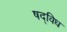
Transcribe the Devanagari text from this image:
षद्विध